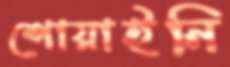
শোয়াইনি